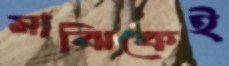
মাঝিকেই